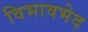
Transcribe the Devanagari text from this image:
विभावभेद